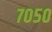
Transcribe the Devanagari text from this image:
७०५०